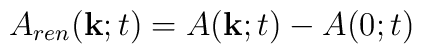
A_{ren}({\bf k};t) = A({\bf k};t) - A(0;t)